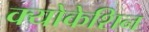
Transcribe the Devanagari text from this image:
क्योकेशिन